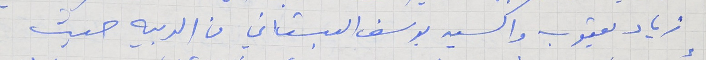
زياد يعقوب واكسير يوسف البستاني من الدبيه حيث